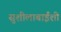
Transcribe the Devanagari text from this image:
सुशीलाबाईंशी